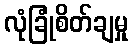
လုံခြုံစိတ်ချမှု